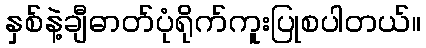
နှစ်နဲ့ချီဓာတ်ပုံရိုက်ကူးပြုစပါတယ်။